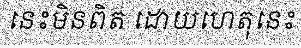
នេះមិនពិត ដោយហេតុនេះ